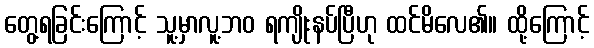
တွေ့ရခြင်းကြောင့် သူ့မှာလူ့ဘဝ ရကျိုးနပ်ပြီဟု ထင်မိလေ၏။ ထို့ကြောင့်